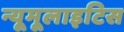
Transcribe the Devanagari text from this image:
न्यूमूलाइटिस